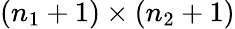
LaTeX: (n_{1}+1)\times(n_{2}+1)